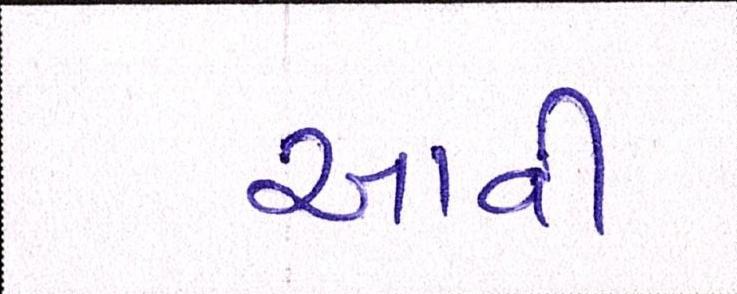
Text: આવી